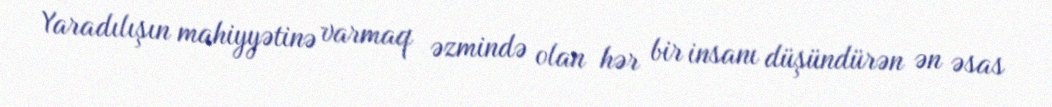
Yaradılışın mahiyyətinə varmaq əzmində olan hər bir insanı düşündürən ən əsas